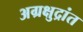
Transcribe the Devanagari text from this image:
अग्रक्षुद्रांत